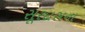
સૂરદાસના